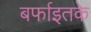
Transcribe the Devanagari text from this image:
बर्फाइतके